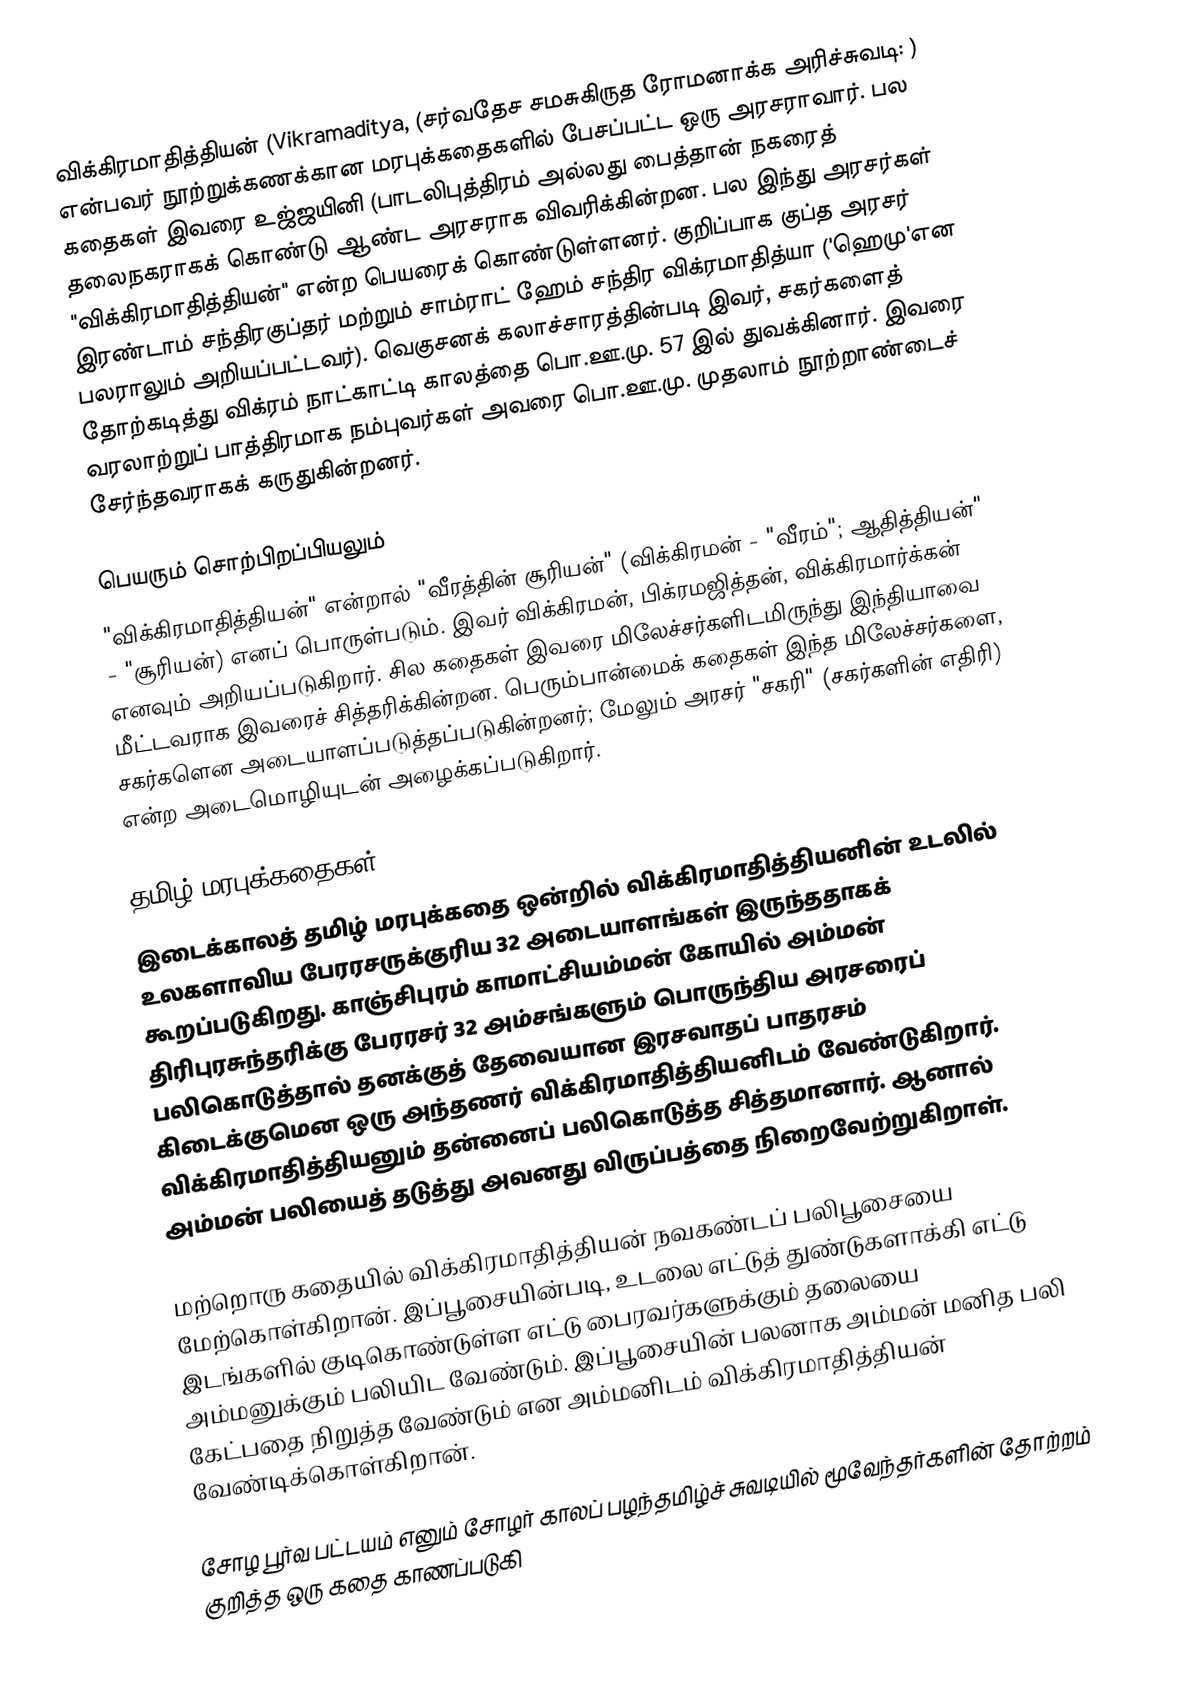
விக்கிரமாதித்தியன் (Vikramaditya, (சர்வதேச சமசுகிருத ரோமனாக்க அரிச்சுவடி: ) என்பவர் நூற்றுக்கணக்கான மரபுக்கதைகளில் பேசப்பட்ட ஒரு அரசராவார்.  பல கதைகள் இவரை உஜ்ஜயினி (பாடலிபுத்திரம் அல்லது பைத்தான் நகரைத் தலைநகராகக் கொண்டு ஆண்ட அரசராக விவரிக்கின்றன. பல இந்து அரசர்கள் "விக்கிரமாதித்தியன்" என்ற பெயரைக் கொண்டுள்ளனர். குறிப்பாக குப்த அரசர் இரண்டாம் சந்திரகுப்தர் மற்றும் சாம்ராட் ஹேம் சந்திர விக்ரமாதித்யா ('ஹெமு'என பலராலும் அறியப்பட்டவர்). வெகுசனக் கலாச்சாரத்தின்படி இவர், சகர்களைத் தோற்கடித்து விக்ரம் நாட்காட்டி காலத்தை பொ.ஊ.மு. 57 இல் துவக்கினார். இவரை வரலாற்றுப் பாத்திரமாக நம்புவர்கள் அவரை பொ.ஊ.மு. முதலாம் நூற்றாண்டைச் சேர்ந்தவராகக் கருதுகின்றனர்.

பெயரும் சொற்பிறப்பியலும்
"விக்கிரமாதித்தியன்" என்றால் "வீரத்தின் சூரியன்" (விக்கிரமன் - "வீரம்"; ஆதித்தியன்" - "சூரியன்) எனப் பொருள்படும். இவர் விக்கிரமன், பிக்ரமஜித்தன், விக்கிரமார்க்கன் எனவும் அறியப்படுகிறார். சில கதைகள் இவரை மிலேச்சர்களிடமிருந்து இந்தியாவை மீட்டவராக இவரைச் சித்தரிக்கின்றன. பெரும்பான்மைக் கதைகள் இந்த மிலேச்சர்களை, சகர்களென அடையாளப்படுத்தப்படுகின்றனர்; மேலும் அரசர் "சகரி" (சகர்களின் எதிரி) என்ற அடைமொழியுடன் அழைக்கப்படுகிறார்.

தமிழ் மரபுக்கதைகள்
இடைக்காலத் தமிழ் மரபுக்கதை ஒன்றில் விக்கிரமாதித்தியனின் உடலில் உலகளாவிய பேரரசருக்குரிய 32 அடையாளங்கள் இருந்ததாகக் கூறப்படுகிறது. காஞ்சிபுரம் காமாட்சியம்மன் கோயில் அம்மன் திரிபுரசுந்தரிக்கு பேரரசர் 32 அம்சங்களும் பொருந்திய அரசரைப் பலிகொடுத்தால் தனக்குத் தேவையான இரசவாதப் பாதரசம் கிடைக்குமென ஒரு அந்தணர் விக்கிரமாதித்தியனிடம் வேண்டுகிறார். விக்கிரமாதித்தியனும் தன்னைப் பலிகொடுத்த சித்தமானார். ஆனால் அம்மன் பலியைத் தடுத்து அவனது விருப்பத்தை நிறைவேற்றுகிறாள்.

மற்றொரு கதையில் விக்கிரமாதித்தியன் நவகண்டப் பலிபூசையை மேற்கொள்கிறான். இப்பூசையின்படி, உடலை எட்டுத் துண்டுகளாக்கி எட்டு இடங்களில் குடிகொண்டுள்ள எட்டு பைரவர்களுக்கும் தலையை அம்மனுக்கும் பலியிட வேண்டும். இப்பூசையின் பலனாக அம்மன் மனித பலி கேட்பதை நிறுத்த வேண்டும் என அம்மனிடம் விக்கிரமாதித்தியன் வேண்டிக்கொள்கிறான்.

சோழ பூர்வ பட்டயம் எனும் சோழர் காலப் பழந்தமிழ்ச் சுவடியில் மூவேந்தர்களின் தோற்றம் குறித்த ஒரு கதை காணப்படுகி